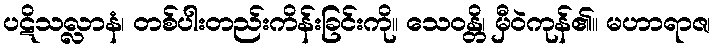
ပဋိသလ္လာနံ၊ တစ်ပါးတည်းကိန်းခြင်းကို။ သေဝန္တိ၊ မှီဝဲကုန်၏။ မဟာရာဇ၊